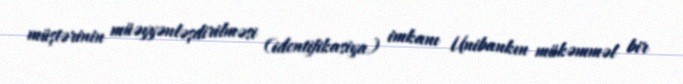
müştərinin müəyyənləşdirilməsi (identifikasiya) imkanı Unibankın mükəmməl bir